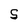
Character: S